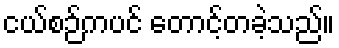
ငယ်စဉ်ကပင် တောင့်တခဲ့သည်။